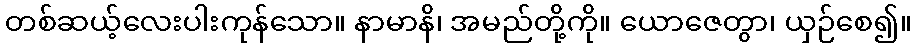
တစ်ဆယ့်လေးပါးကုန်သော။ နာမာနိ၊ အမည်တို့ကို။ ယောဇေတွာ၊ ယှဉ်စေ၍။